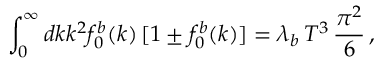
\int _ { 0 } ^ { \infty } d k k ^ { 2 } f _ { 0 } ^ { b } ( k ) \, [ 1 \pm f _ { 0 } ^ { b } ( k ) ] = \lambda _ { b } \, T ^ { 3 } \, \frac { \pi ^ { 2 } } { 6 } \, ,